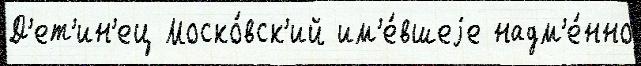
Д'ет'ин'ец Моско́вск'ий им'е́вшеjе надм'е́нно